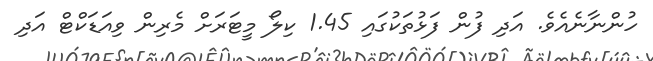
ހުންނާނެއެވެ. އަދި ފުން ފަޅުތަކުގައި 1.45 ކިލޯ މީޓަރަށް މެރިން ވިއަޑަކްޓް އަދި